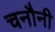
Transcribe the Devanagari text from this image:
चनौनी